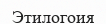
Этилогоия